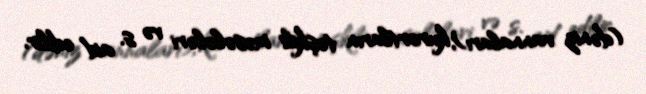
(dəniz vannaları), kurortların təşkili məsələləri və s. aid edilir.